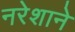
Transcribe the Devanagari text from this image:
नरेशाने